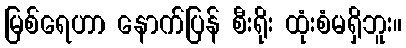
မြစ်ရေဟာ နောက်ပြန် စီးရိုး ထုံးစံမရှိဘူး။